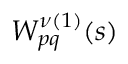
W _ { p q } ^ { \nu ( 1 ) } ( s )